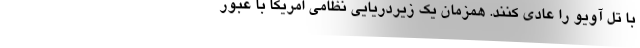
با تل آویو را عادی کنند. همزمان یک زیردریایی نظامی امریکا با عبور